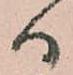
ハ